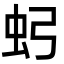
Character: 𮓶